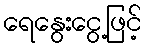
ရေနွေးငွေ့ဖြင့်